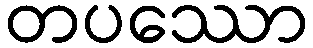
တပဿော